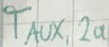
Text: TAUX,2a